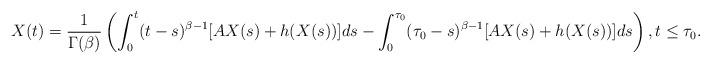
LaTeX: \begin{align*}X(t)=\frac{1}{\Gamma(\beta)}\left(\int_0^{t}(t-s)^{\beta-1}[AX(s)+h(X(s))]ds-\int_0^{\tau_0}(\tau_0-s)^{\beta-1}[AX(s)+h(X(s))]ds\right),t\le\tau_0.\end{align*}